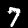
Label: 7